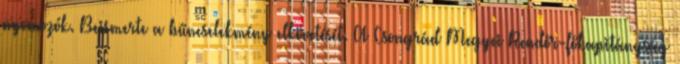
nyomozók. Beismerte a bűncselekmény elkövetését. A Csongrád Megyei Rendőr-főkapitányság